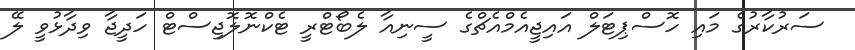
ސަރުކާރުގެ މައި ހޮސްޕިޓަލް އައިޖީއެމްއެޗްގެ ސީނިއާ ލެބޯޓްރީ ޓެކްނޮލޮޖިސްޓް ހަދީޖާ ވިދާޅުވީ ލޭ